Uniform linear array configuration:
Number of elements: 48
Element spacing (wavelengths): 1
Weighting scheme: kaiser
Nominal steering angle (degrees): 30
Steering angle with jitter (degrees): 30.733
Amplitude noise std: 0.05
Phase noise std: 0.05

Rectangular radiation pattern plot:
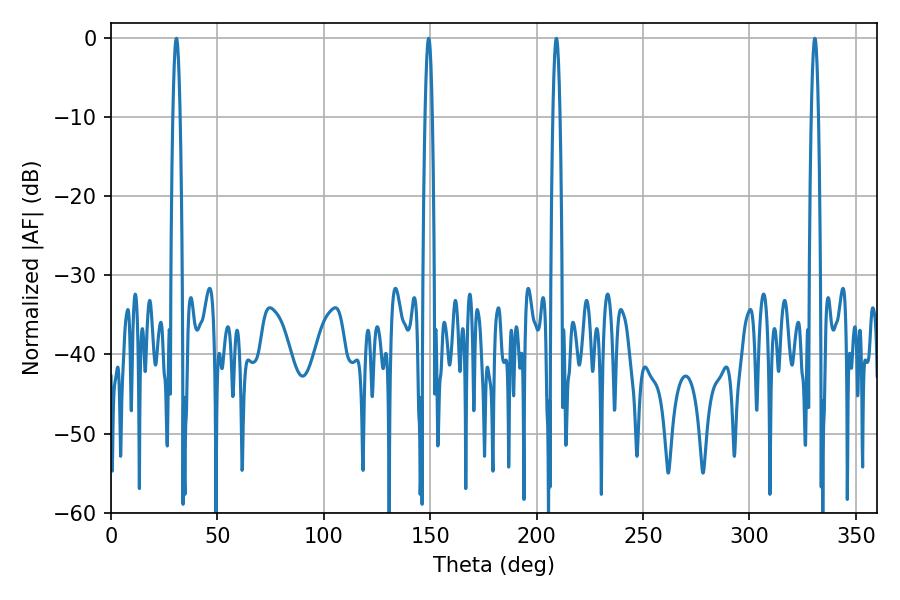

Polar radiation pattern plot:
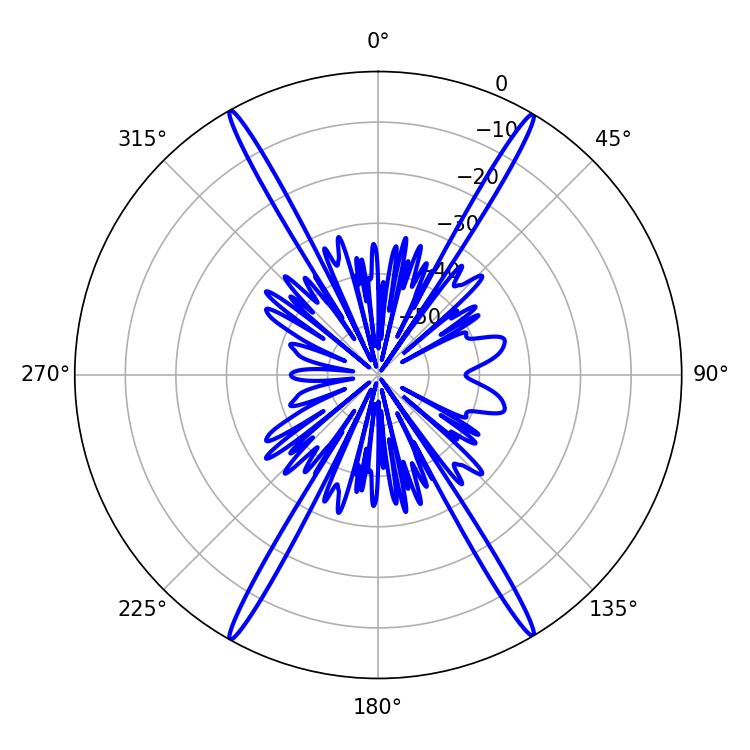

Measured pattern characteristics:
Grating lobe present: TRUE
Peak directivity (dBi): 29.537
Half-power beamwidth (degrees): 1.8
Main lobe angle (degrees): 30.78